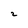
Character: 2